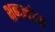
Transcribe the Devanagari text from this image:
शब्‍दकोश